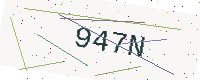
Text: 947N